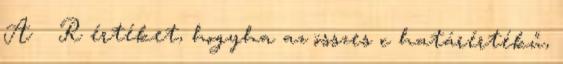
A ∈ R értéket, hogyha az összes c határértékű,